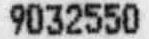
9032550